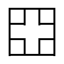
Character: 𡆵